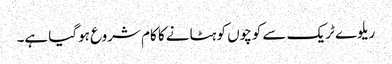
ریلوے ٹریک سے کوچوں کو ہٹانے کا کام شروع ہوگیا ہے۔